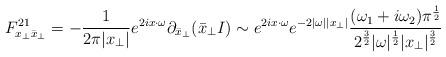
LaTeX: \begin{align*}F_{x_\perp \bar x_\perp}^{21}=- \frac{1}{2\pi |x_\perp|}e^{2ix\cdot\omega}\partial_{\bar x_\perp}(\bar x_\perp I)\sim e^{2ix\cdot \omega}e^{-2|\omega||x_\perp|}{(\omega_1+i\omega_2)\pi^{{1\over2}}\over{2^{{3\over2}}|\omega|^{{1\over2}}|x_\perp|^{{3\over2}}}}\end{align*}